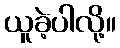
ယူခဲ့ပါလို့။